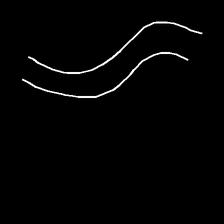
Glyph: float